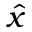
\hat { x }